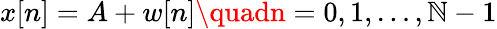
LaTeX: x[n]=A+w[n]\quadn=0,1,\dots,\mathbb{N}-1